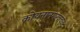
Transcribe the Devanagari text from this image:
कोयनानगरजवळ